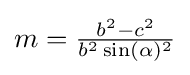
{\textstyle m={\frac {b^{2}-c^{2}}{b^{2}\sin(\alpha )^{2}}}}